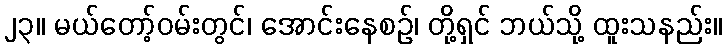
၂၃။ မယ်တော့်ဝမ်းတွင်၊ အောင်းနေစဉ်၊ တို့ရှင် ဘယ်သို့ ထူးသနည်း။